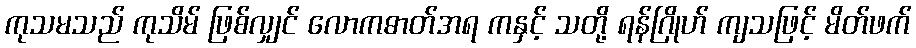
ကုသမသည် ကုသိမ် ဖြစ်လျှင် လောကဓာတ်အရ ကနှင့် သတို့ ရန်ဂြိုဟ် ကျသဖြင့် မိတ်ဖက်